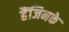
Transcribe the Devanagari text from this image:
हैंजिनके